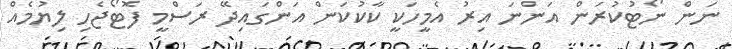
ނަން ނޯޓުކުރަން އަންނަ އިރު އެމީހަކީ ކާކުކަން އަންގައިދޭ ރަސްމީ ފޮޓޯޖެހި ލިޔުމެއް